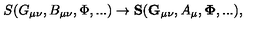
S ( G _ { \mu \nu } , B _ { \mu \nu } , \Phi , . . . ) \to { \bf S } ( { \bf G _ { \mu \nu } } , A _ { \mu } , { \bf { \Phi } } , . . . ) ,